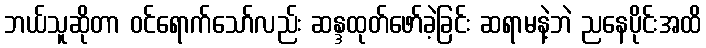
ဘယ်သူဆိုတာ ဝင်ရောက်သော်လည်း ဆန္ဒထုတ်ဖော်ခဲ့ခြင်း ဆရာမနဲ့ဘဲ ညနေပိုင်းအထိ